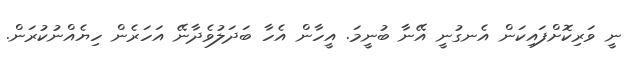
ނީ ވަރިކޮށްފައިކަން އެނގުނީ އޭނާ ބުނީމަ. އީހާން އެހާ ބަދަލުވެދާނޭ އަހަރެން ހިޔެއްނުކުރަން.